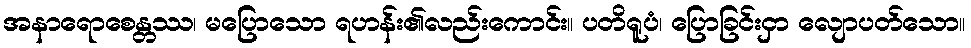
အနာရောစေန္တဿ၊ မပြောသော ရဟန်း၏လည်းကောင်း။ ပတိရူပံ၊ ပြောခြင်းငှာ လျောပတ်သော။